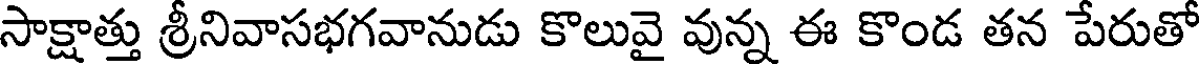
సాక్షాత్తు శ్రీనివాసభగవానుడు కొలువై వున్న ఈ కొండ తన పేరుతో